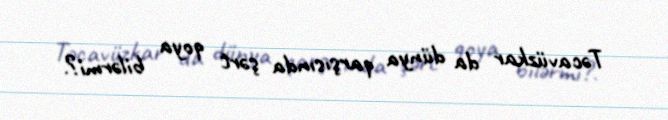
Təcavüzkar da dünya qarşısında şərt qoya bilərmi?.